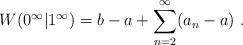
LaTeX: \begin{align*}W(0^\infty|1^\infty) = b-a + \sum_{n=2}^\infty (a_n - a) \ .\end{align*}